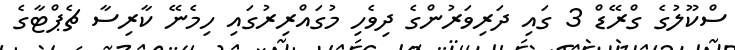
ސްކޫލުގެ ގްރޭޑް 3 ގައި ދަރިވަރުންގެ ދިވެހި މުގައްރިރުގައި ހިމެނޭ ކާރިސާ ޗެޕްޓާގެ